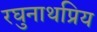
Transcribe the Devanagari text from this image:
रघुनाथप्रिय